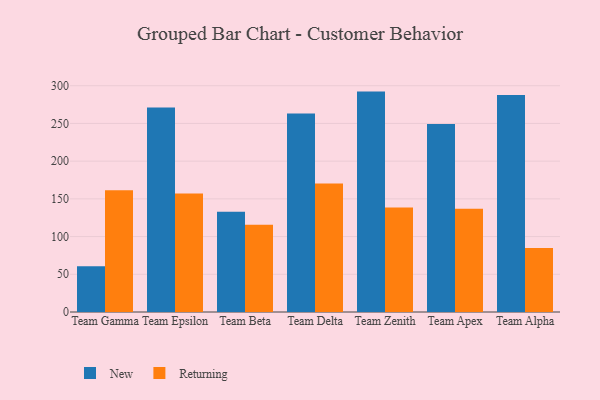
{"axis": {"x": "Team", "y": "Revenue (USD Million)"}, "legend": ["New", "Returning"], "data": [{"x": "Team Gamma", "y": 60.8, "type": "New"}, {"x": "Team Gamma", "y": 161.4, "type": "Returning"}, {"x": "Team Epsilon", "y": 271.1, "type": "New"}, {"x": "Team Epsilon", "y": 157.0, "type": "Returning"}, {"x": "Team Beta", "y": 132.9, "type": "New"}, {"x": "Team Beta", "y": 115.7, "type": "Returning"}, {"x": "Team Delta", "y": 263.1, "type": "New"}, {"x": "Team Delta", "y": 170.4, "type": "Returning"}, {"x": "Team Zenith", "y": 292.2, "type": "New"}, {"x": "Team Zenith", "y": 138.6, "type": "Returning"}, {"x": "Team Apex", "y": 249.2, "type": "New"}, {"x": "Team Apex", "y": 136.8, "type": "Returning"}, {"x": "Team Alpha", "y": 287.8, "type": "New"}, {"x": "Team Alpha", "y": 85.0, "type": "Returning"}]}